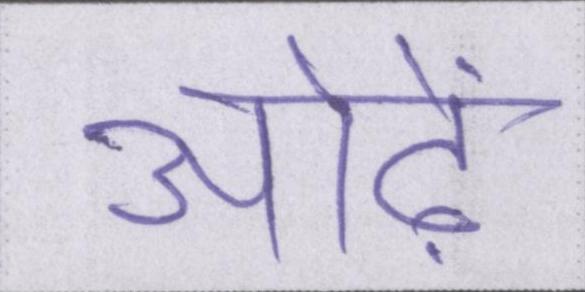
ओढ़ें